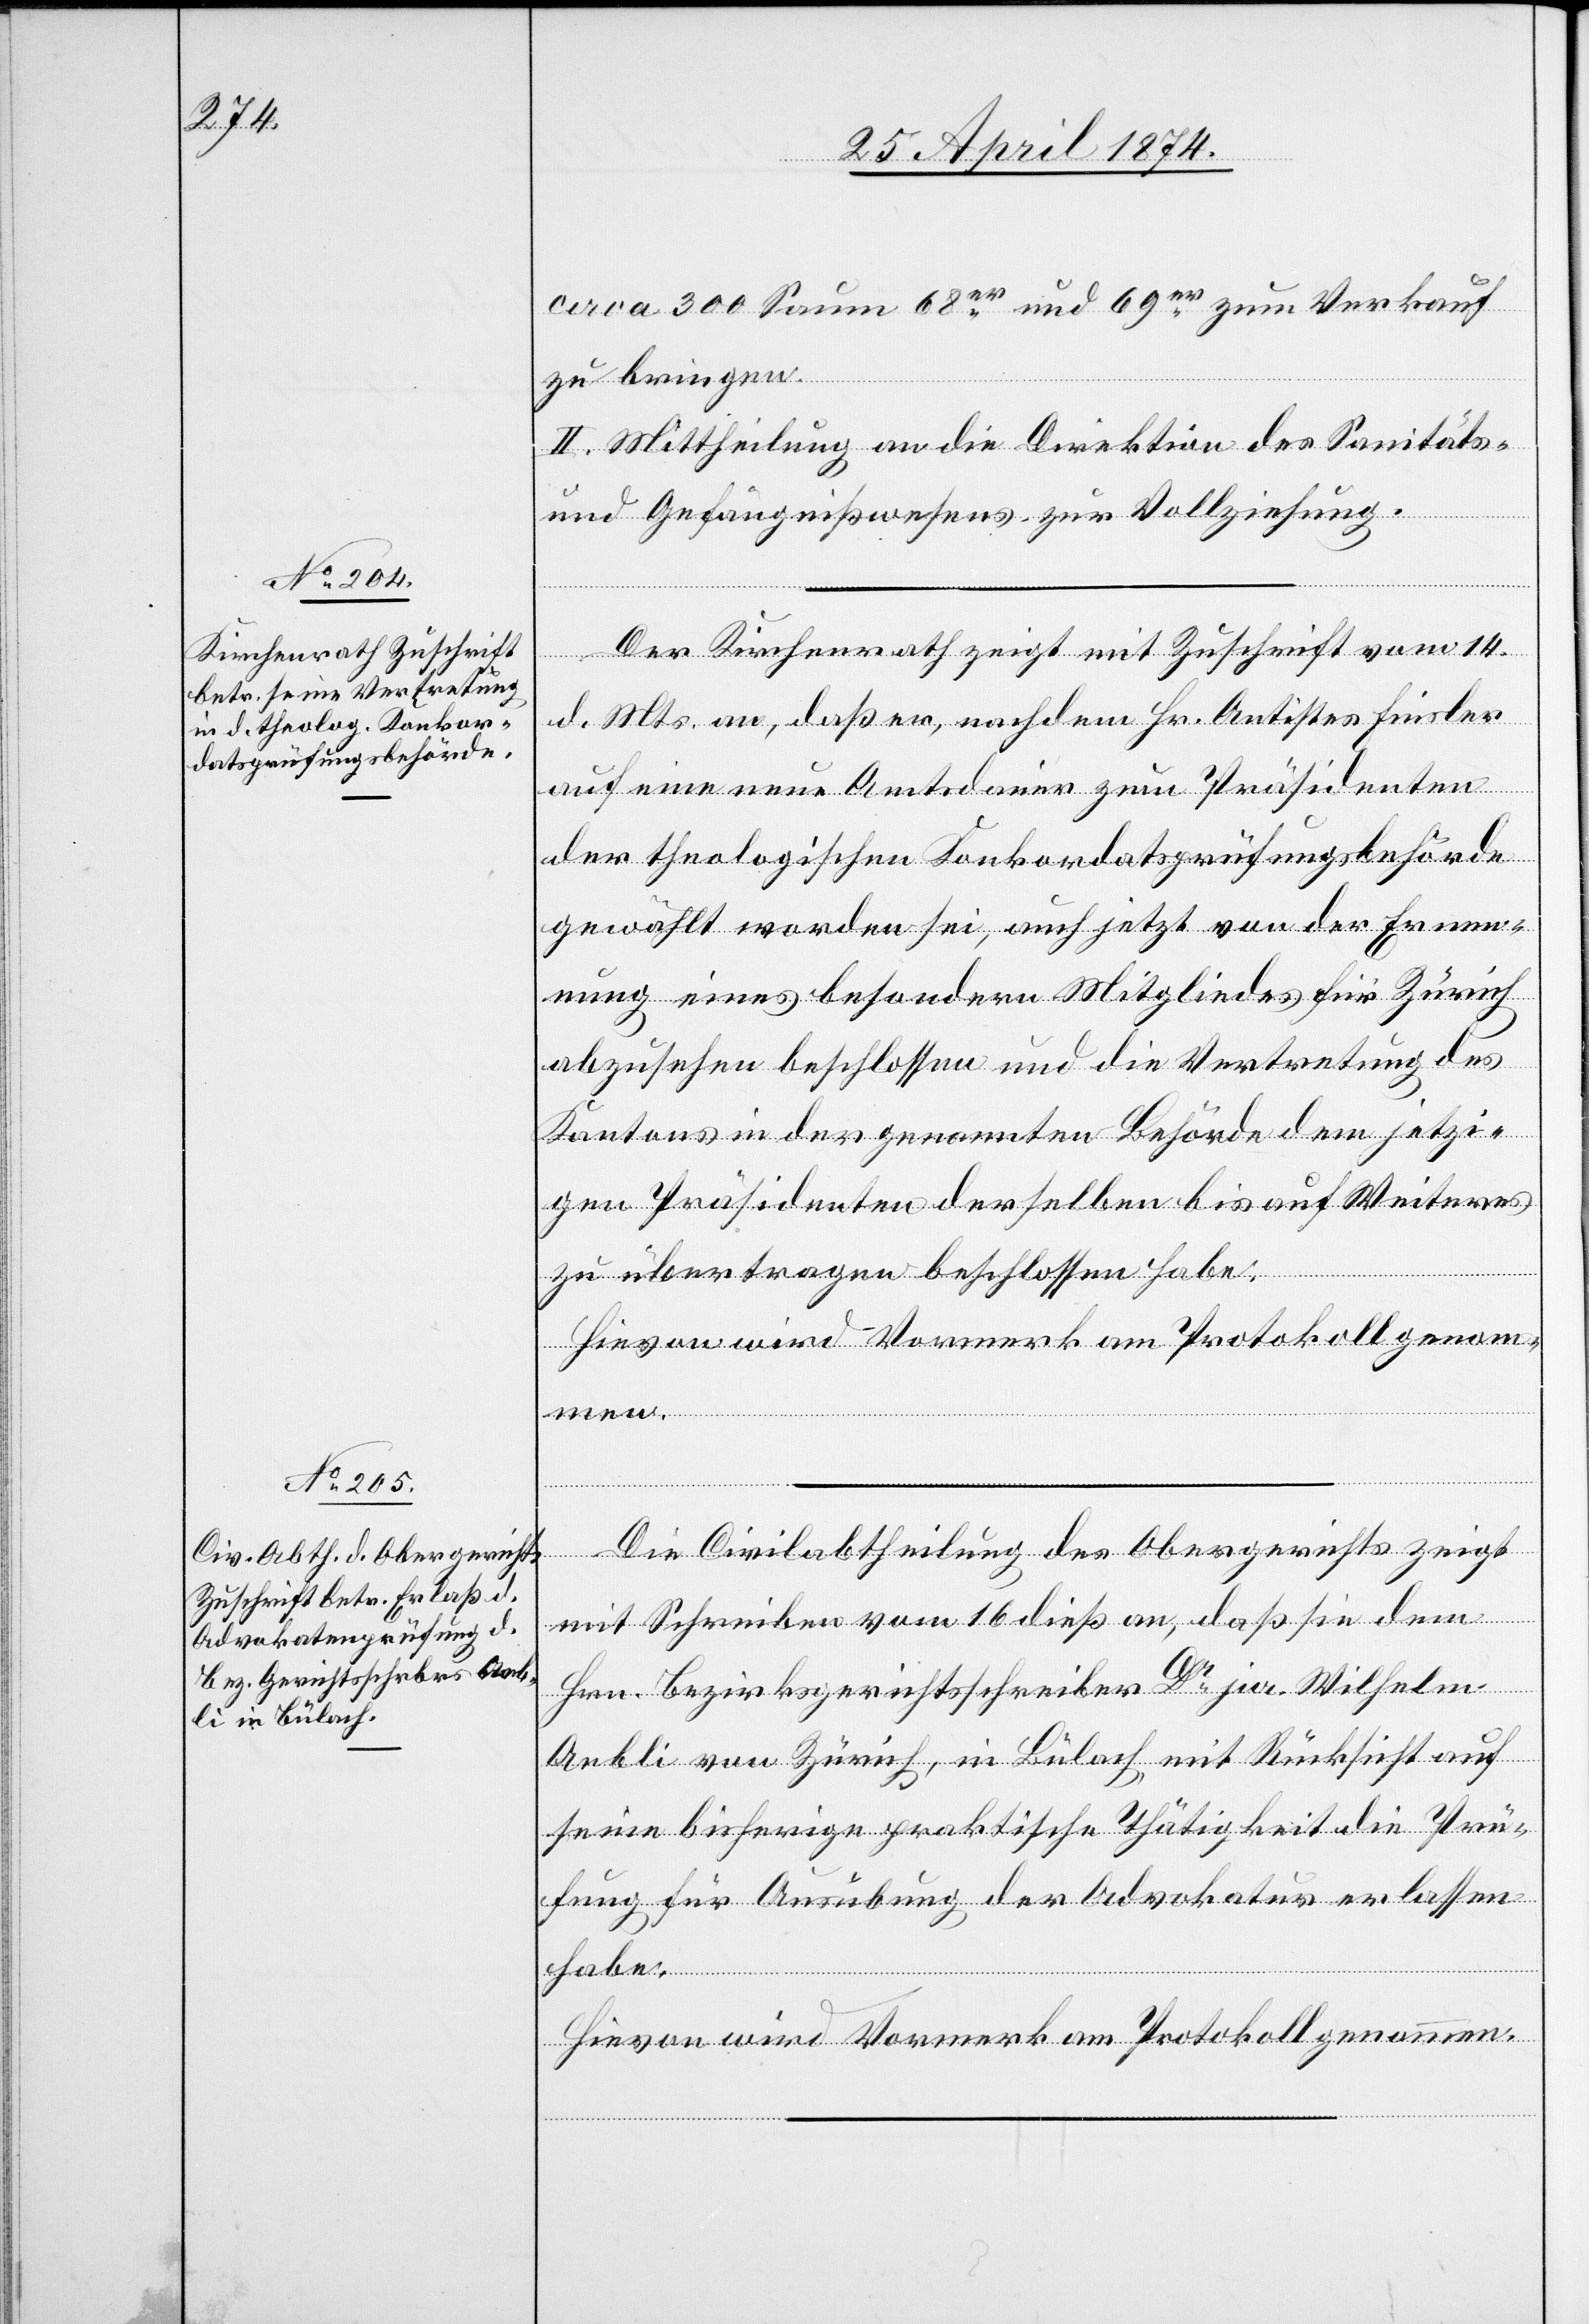
circa 300 Saume 68er und 69er zum Verkauf
zu bringen.
II. Mittheilung an die Direktion des Sanitäts-
und Gefängnißwesens zur Vollziehung.
Der Kirchenrath zeigt mit Zuschrift vom 14.
d. Mts. an, daß er, nachdem Hr. Antistes Finsler
auf eine neue Amtsdauer zum Präsidenten
der theologischen Konkordatsprüfungsbehörde
gewählt worden sei, auch jetzt von der Erneue¬
rung eines besondern Mitgliedes für Zürich
abzusehen beschlossen und die Vertretung des
Kantons in der genannten Behörde dem jetzi¬
gen Präsidenten derselben bis auf Weiteres
zu übertragen beschlossen habe.
Die Civilabtheilung des Obergerichts zeigt
mit Schreiben vom 16 dieß an, daß sie dem
Hrn. Bezirksgerichtsschreiber Dr [?jur] Wilhelm
Aebli von Zürich, in Bülach, mit Rücksicht auf
seine bisherige praktische Thätigkeit die Prü¬
fung für Ausübung der Advokatur erlassen
habe.
Hievon wird Vormerk am Protokoll genommen.